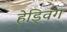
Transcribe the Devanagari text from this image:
हेड्विग